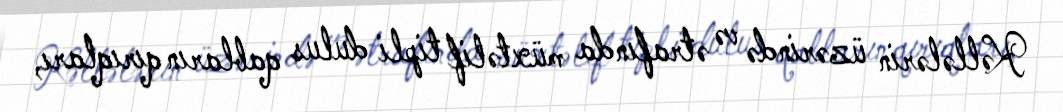
Kəllələrin üzərində və ətrafında müxtəlif tipli dulus qabların qırıqları,